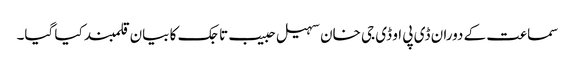
سماعت کے دوران ڈی پی او ڈی جی خان سہیل حبیب تاجک کا بیان قلمبند کیا گیا۔